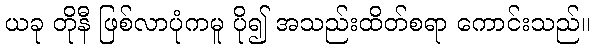
ယခု တိုနီ ဖြစ်လာပုံကမူ ပို၍ အသည်းထိတ်စရာ ကောင်းသည်။